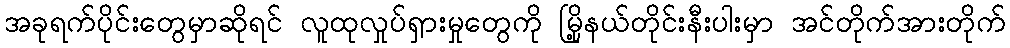
အခုရက်ပိုင်းတွေမှာဆိုရင် လူထုလှုပ်ရှားမှုတွေကို မြို့နယ်တိုင်းနီးပါးမှာ အင်တိုက်အားတိုက်